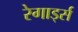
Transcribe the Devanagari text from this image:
रेगार्ड्स